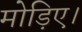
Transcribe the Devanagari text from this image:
मोड़िए।